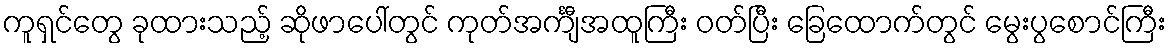
ကူရှင်တွေ ခုထားသည့် ဆိုဖာပေါ်တွင် ကုတ်အင်္ကျီအထူကြီး ဝတ်ပြီး ခြေထောက်တွင် မွေးပွစောင်ကြီး